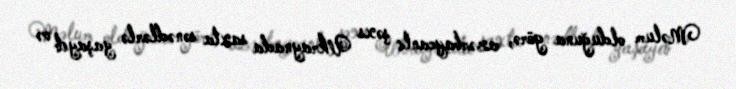
Məlum olduğuna görə, azərbaycanlı şəxs Ukraynada saxta sənədlərlə yaşayıb və